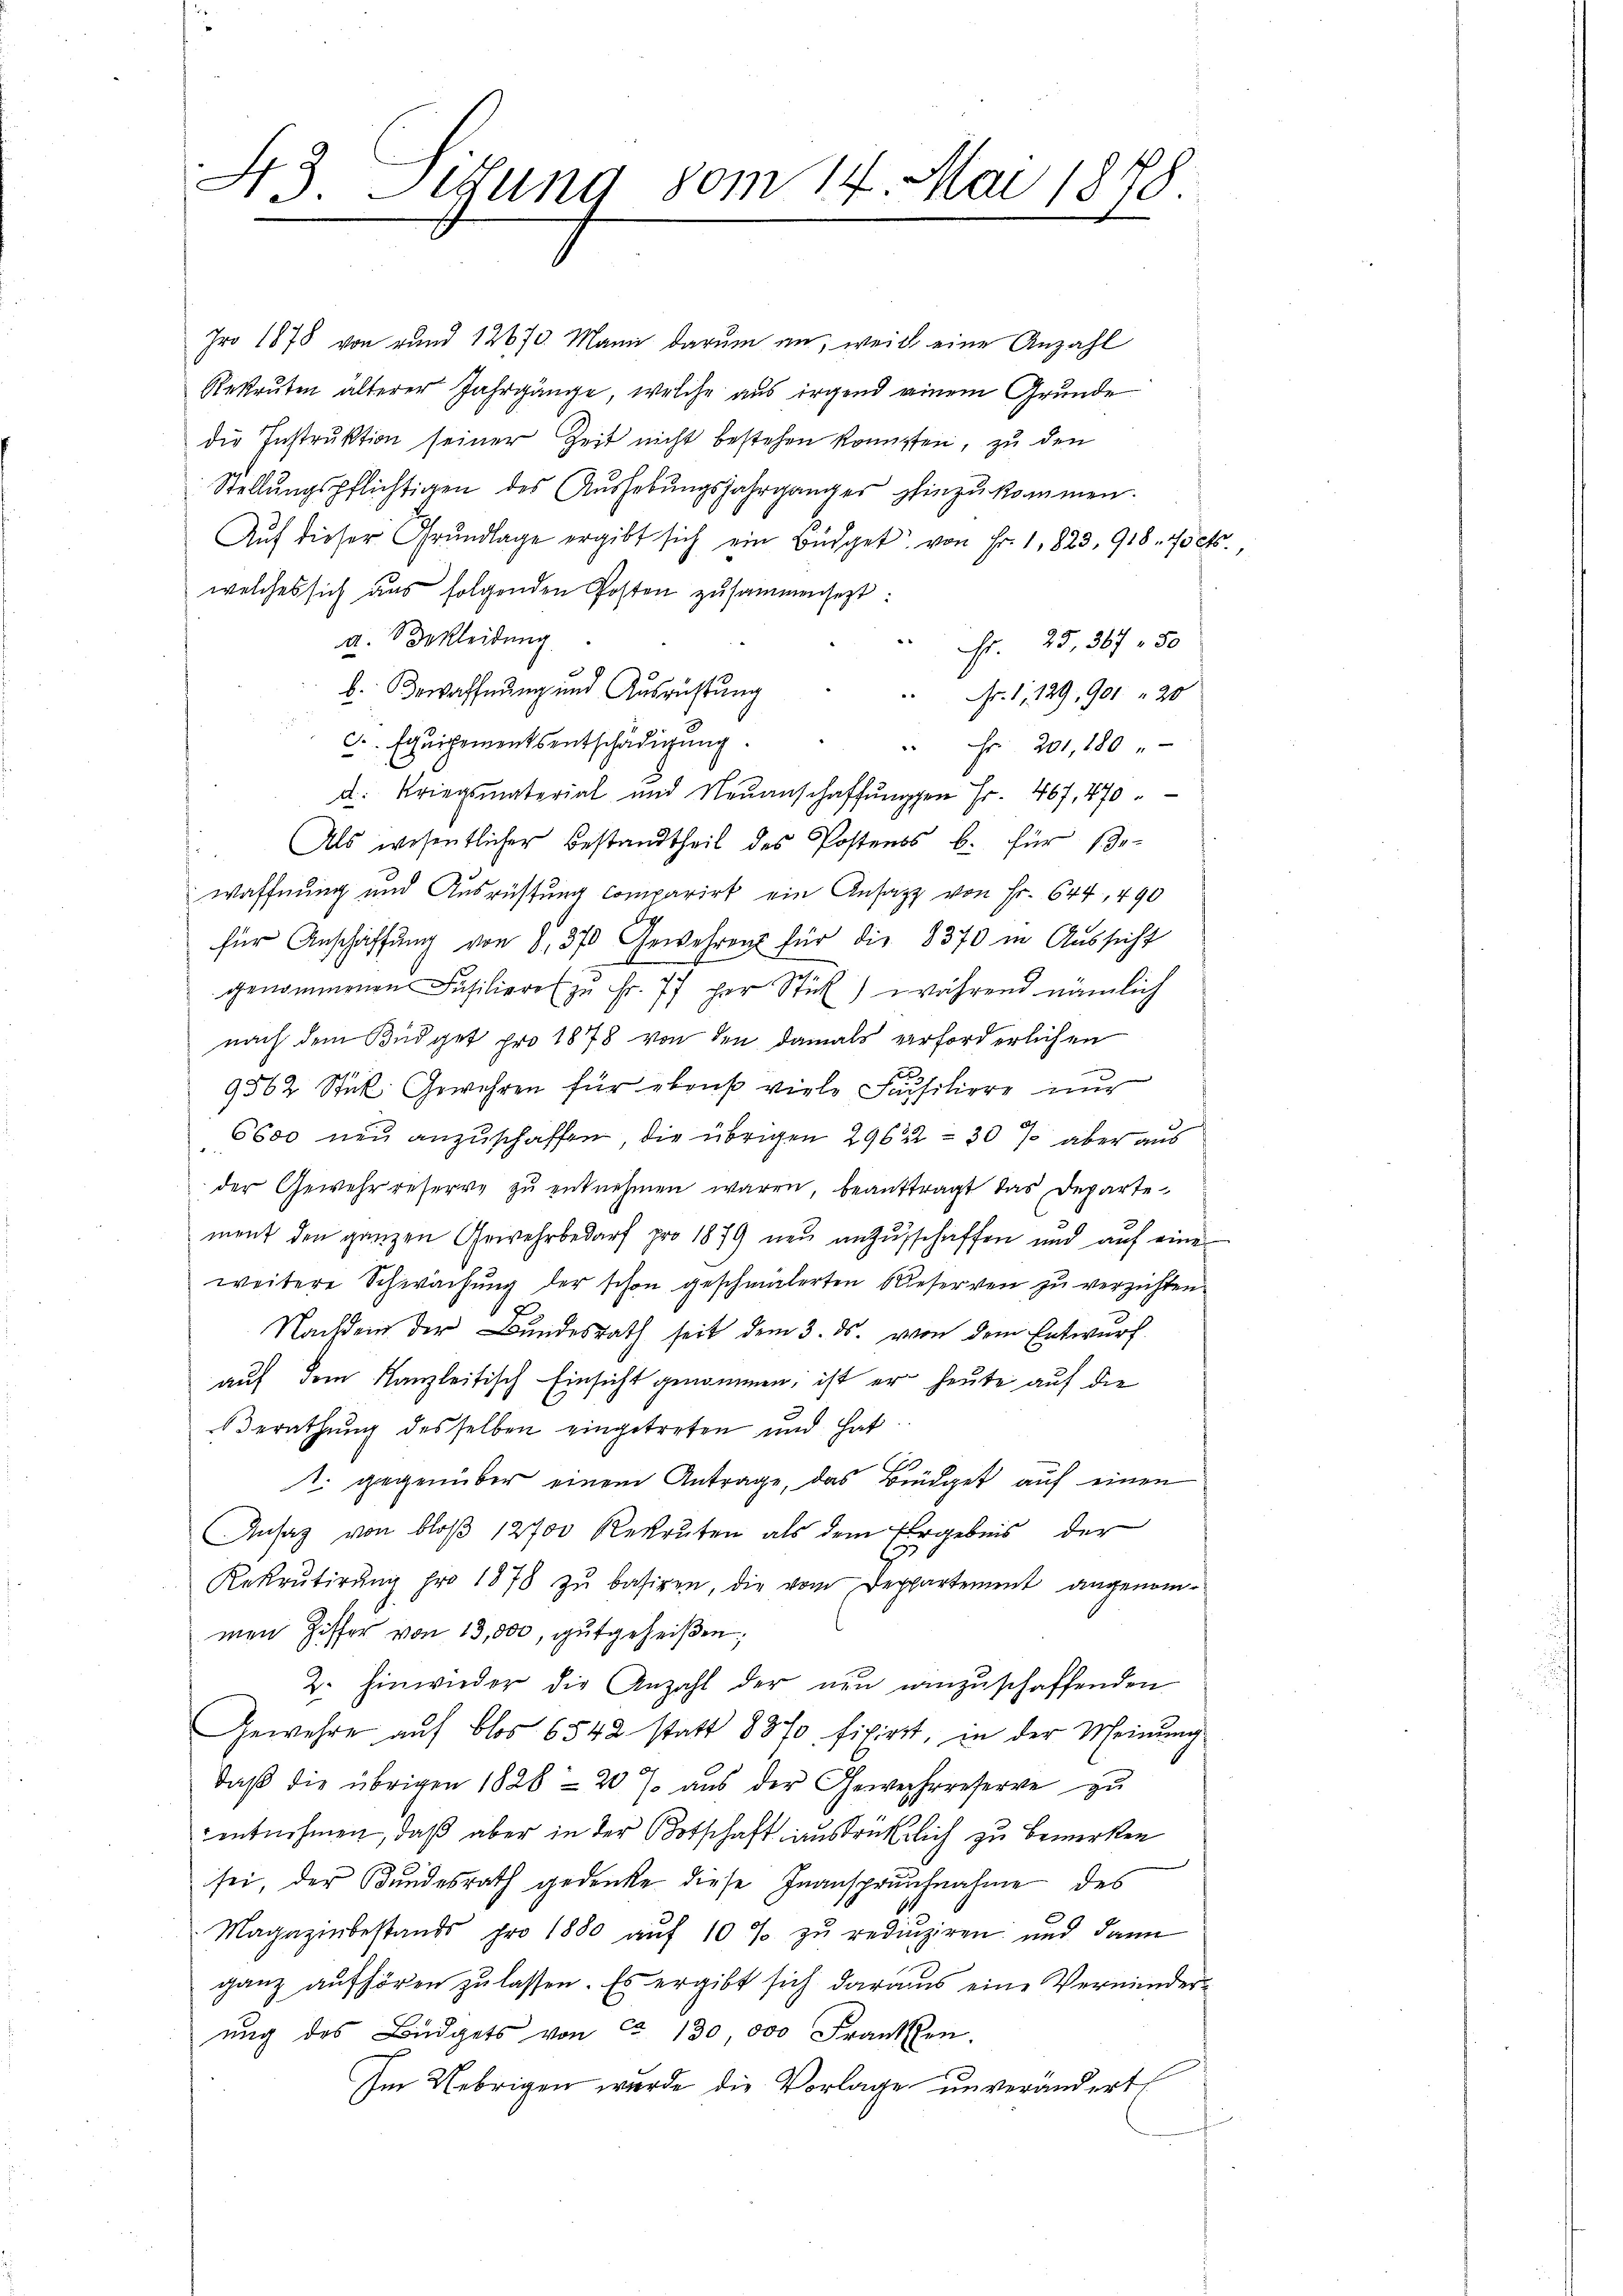
43. Sedung vom 14. Mai 1878
e

Iro 1878 von rund 12670. Mann darum an, weil eine Anzahl
Rekruten älterer Jahrgänge, welche aus irgend einem Grunde
die Instruktion seiner Zeit nicht bestehen konnten, zu den
Stellŭngspflichtigen des Aŭshebŭngsjahrgänger hinzŭkommen.
Aŭf dieser Grŭndlage ergibt sich ein Büdget von Fr. 1, 823, 918. Forts,
welches sich aus folgenden Posten zusammensezt:
a. Bekleidung
 Fr. 25. 367. 50
b. Bewaffnung und Ausrüstung
Nr. 1, 129, 901. 20
 Equipementsentschädigung.
" Fr. 201, 180 "
d. Kriegsmaterial und Neŭanschaffŭngen Fr. 467, 470.
Als wesentlicher Bestandtheil des Postens b. für Ge-
waffnung und Ausrüstung comparirt ein Ansatz von Fr. 644, 490
für Anschaffŭng von 8,370 Gewehren für die 8370 in Aussicht
genommenen Füsiliere zŭ Fr. 77 der Stük) während nämlich
nach dem Büdget pro 1878 von den damals verforderlichen
9562 Stück. Gewehren für ebenso viele Fasiliere nur
6600 neu anzuschaffen, die übrigen 29622 - 307 aber aus
der Gewehr reserve zŭ entnehmen waren, beantragt das Departe
ment den ganzen Gewehrbedarf pro 1879 neu anzuschaffen und aŭf eine
weitere Schwachung der schon geschmälerten Bieserven zu verzichten.
Nachdem der Bundesrath seit dem 3. ds. von dem Entwurf
auf dem Kanzleitisch Einsicht genommen, ist er heute auf die
Berathung desselben eingetreten und hat
E
1. gegenüber einem Antrage, das Büdget auf einen
Ansag von bloß 12700 Rekruten als dem Ergebnis der
.
Rekrutirŭng pro 1878 zŭ basiren, die vom Deppartement angenom-
men Ziffer von 13,000, gutgeheißen;
2. Einwieder die Anzahl der nun einzuschaffenden
Gewehre auf blos 6542 statt 8870 fixiert, in der Meinung
daβ die übrigen 1828 20 J. aus der Gewehereserve zu
entnehmen, daß aber in der Botschaft ausdrücklich zu bemerken
sei, der Kundesrath gedenke diese Inansprachnahme des
Magazinbestands pro 1880 aŭf 10 % zu redŭziren und dann
ganz aufhören zu lassen. Es ergibt sich daraus eine Verminder
ung des Büdgets von ca 130,000 Franken.
Im Uebrigen wurde die Vorlage unverändert,